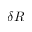
\delta R